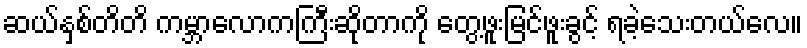
ဆယ်နှစ်တိတိ ကမ္ဘာလောကကြီးဆိုတာကို တွေ့ဖူးမြင်ဖူးခွင့် ရခဲ့သေးတယ်လေ။